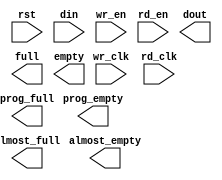
module ch_fifo(
	rst,
	wr_clk,
	rd_clk,
	din,
	wr_en,
	rd_en,
	dout,
	full,
	almost_full,
	empty,
	almost_empty,
	prog_full,
	prog_empty);


input rst;
input wr_clk;
input rd_clk;
input [64 : 0] din;
input wr_en;
input rd_en;
output [64 : 0] dout;
output full;
output almost_full;
output empty;
output almost_empty;
output prog_full;
output prog_empty;

// synthesis translate_off

      FIFO_GENERATOR_V5_3 #(
		.C_COMMON_CLOCK(0),
		.C_COUNT_TYPE(0),
		.C_DATA_COUNT_WIDTH(9),
		.C_DEFAULT_VALUE("BlankString"),
		.C_DIN_WIDTH(65),
		.C_DOUT_RST_VAL("0"),
		.C_DOUT_WIDTH(65),
		.C_ENABLE_RLOCS(0),
		.C_ENABLE_RST_SYNC(1),
		.C_ERROR_INJECTION_TYPE(0),
		.C_FAMILY("virtex5"),
		.C_FULL_FLAGS_RST_VAL(1),
		.C_HAS_ALMOST_EMPTY(1),
		.C_HAS_ALMOST_FULL(1),
		.C_HAS_BACKUP(0),
		.C_HAS_DATA_COUNT(0),
		.C_HAS_INT_CLK(0),
		.C_HAS_MEMINIT_FILE(0),
		.C_HAS_OVERFLOW(0),
		.C_HAS_RD_DATA_COUNT(0),
		.C_HAS_RD_RST(0),
		.C_HAS_RST(1),
		.C_HAS_SRST(0),
		.C_HAS_UNDERFLOW(0),
		.C_HAS_VALID(0),
		.C_HAS_WR_ACK(0),
		.C_HAS_WR_DATA_COUNT(0),
		.C_HAS_WR_RST(0),
		.C_IMPLEMENTATION_TYPE(2),
		.C_INIT_WR_PNTR_VAL(0),
		.C_MEMORY_TYPE(1),
		.C_MIF_FILE_NAME("BlankString"),
		.C_MSGON_VAL(1),
		.C_OPTIMIZATION_MODE(0),
		.C_OVERFLOW_LOW(0),
		.C_PRELOAD_LATENCY(0),
		.C_PRELOAD_REGS(1),
		.C_PRIM_FIFO_TYPE("512x72"),
		.C_PROG_EMPTY_THRESH_ASSERT_VAL(250),
		.C_PROG_EMPTY_THRESH_NEGATE_VAL(251),
		.C_PROG_EMPTY_TYPE(1),
		.C_PROG_FULL_THRESH_ASSERT_VAL(480),
		.C_PROG_FULL_THRESH_NEGATE_VAL(479),
		.C_PROG_FULL_TYPE(1),
		.C_RD_DATA_COUNT_WIDTH(9),
		.C_RD_DEPTH(512),
		.C_RD_FREQ(1),
		.C_RD_PNTR_WIDTH(9),
		.C_UNDERFLOW_LOW(0),
		.C_USE_DOUT_RST(1),
		.C_USE_ECC(0),
		.C_USE_EMBEDDED_REG(0),
		.C_USE_FIFO16_FLAGS(0),
		.C_USE_FWFT_DATA_COUNT(0),
		.C_VALID_LOW(0),
		.C_WR_ACK_LOW(0),
		.C_WR_DATA_COUNT_WIDTH(9),
		.C_WR_DEPTH(512),
		.C_WR_FREQ(1),
		.C_WR_PNTR_WIDTH(9),
		.C_WR_RESPONSE_LATENCY(1))
	inst (
		.RST(rst),
		.WR_CLK(wr_clk),
		.RD_CLK(rd_clk),
		.DIN(din),
		.WR_EN(wr_en),
		.RD_EN(rd_en),
		.DOUT(dout),
		.FULL(full),
		.ALMOST_FULL(almost_full),
		.EMPTY(empty),
		.ALMOST_EMPTY(almost_empty),
		.PROG_FULL(prog_full),
		.PROG_EMPTY(prog_empty),
		.BACKUP(),
		.BACKUP_MARKER(),
		.CLK(),
		.SRST(),
		.WR_RST(),
		.RD_RST(),
		.PROG_EMPTY_THRESH(),
		.PROG_EMPTY_THRESH_ASSERT(),
		.PROG_EMPTY_THRESH_NEGATE(),
		.PROG_FULL_THRESH(),
		.PROG_FULL_THRESH_ASSERT(),
		.PROG_FULL_THRESH_NEGATE(),
		.INT_CLK(),
		.INJECTDBITERR(),
		.INJECTSBITERR(),
		.WR_ACK(),
		.OVERFLOW(),
		.VALID(),
		.UNDERFLOW(),
		.DATA_COUNT(),
		.RD_DATA_COUNT(),
		.WR_DATA_COUNT(),
		.SBITERR(),
		.DBITERR());


// synthesis translate_on

endmodule